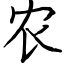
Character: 农